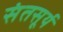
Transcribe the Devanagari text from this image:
संतसूर्य